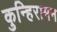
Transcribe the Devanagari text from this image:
कुन्हिरामन